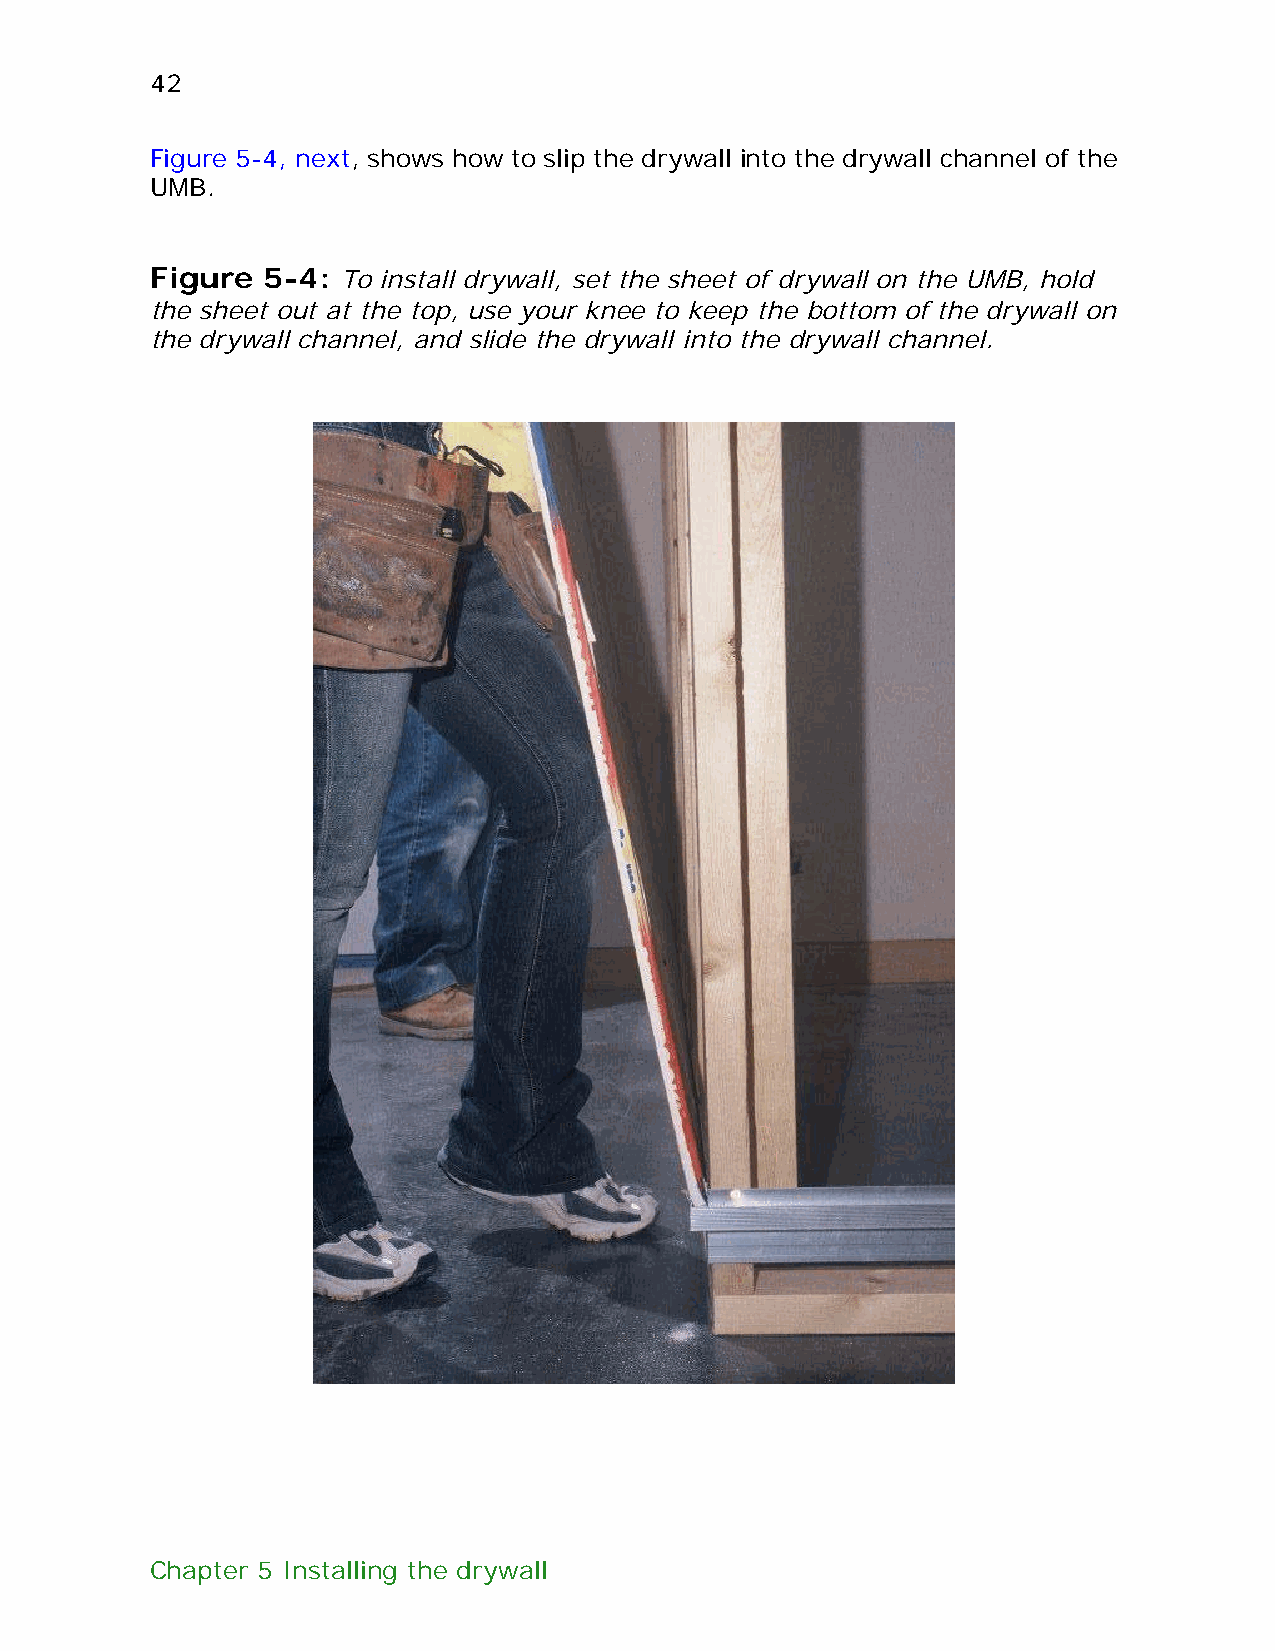
42
 Figure 5-4, next, shows how to slip the drywall into the drywall channel of the
 UMB.
 Figure 5-4:  To install drywall, set the sheet of drywall on the UMB, hold
 the sheet out at the top, use your knee to keep the bottom of the drywall on
 the drywall channel, and slide the drywall into the drywall channel.
 Chapter 5 Installing the drywall